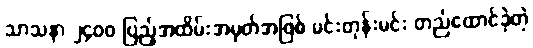
သာသနာ ၂၄၀၀ ပြည့်အထိမ်းအမှတ်အဖြစ် မင်းတုန်းမင်း တည်ထောင်ခဲ့တဲ့